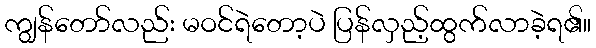
ကျွန်တော်လည်း မဝင်ရဲတော့ပဲ ပြန်လှည့်ထွက်လာခဲ့ရ၏။